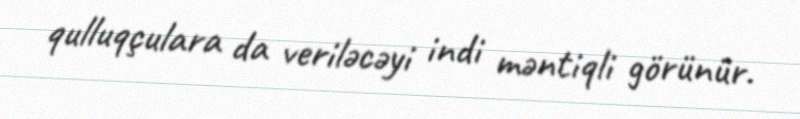
qulluqçulara da veriləcəyi indi məntiqli görünür.